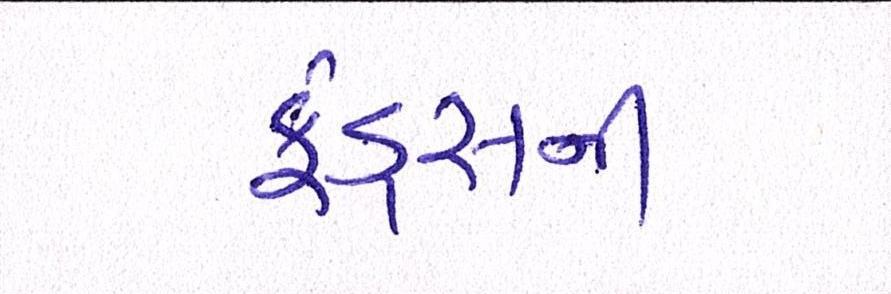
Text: ફંડ્સની